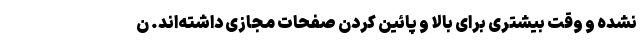
نشده و وقت بیشتری برای بالا و پائین کردن صفحات مجازی داشته‌اند. ن